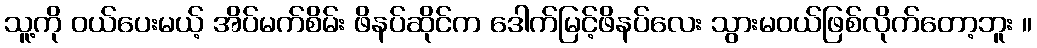
သူ့ကို ဝယ်ပေးမယ့် အိပ်မက်စိမ်း ဖိနပ်ဆိုင်က ဒေါက်မြင့်ဖိနပ်လေး သွားမဝယ်ဖြစ်လိုက်တော့ဘူး ။